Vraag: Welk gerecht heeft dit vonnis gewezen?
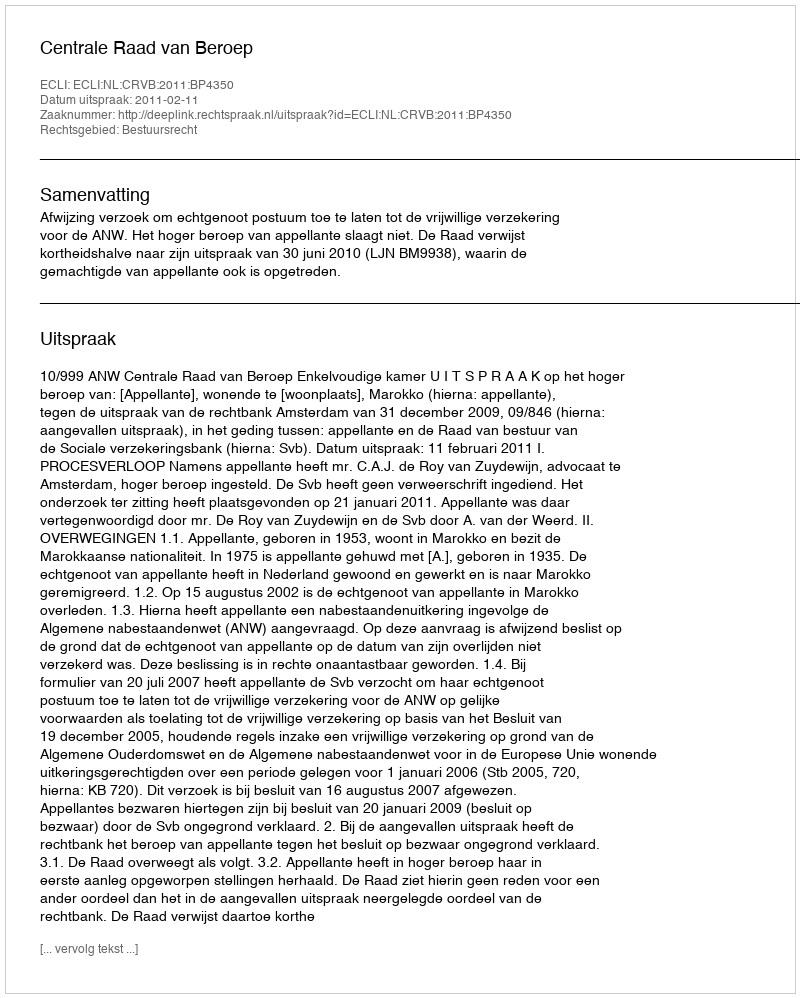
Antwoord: Centrale Raad van Beroep